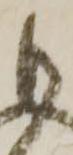
も